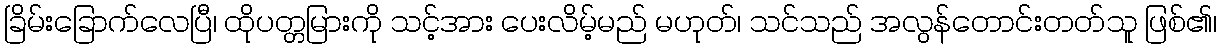
ခြိမ်းခြောက်လေပြီ၊ ထိုပတ္တမြားကို သင့်အား ပေးလိမ့်မည် မဟုတ်၊ သင်သည် အလွန်တောင်းတတ်သူ ဖြစ်၏၊